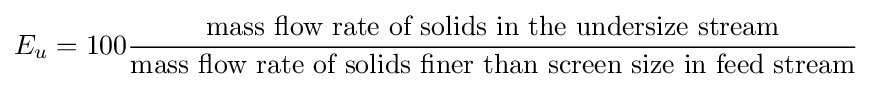
E_{u}=100{\frac {\text{mass flow rate of solids in the undersize stream}}{\text{mass flow rate of solids finer than screen size in feed stream}}}